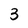
Character: 3